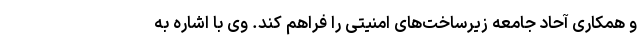
و همکاری آحاد جامعه زیرساخت‌های امنیتی را فراهم کند. وی با اشاره به